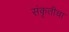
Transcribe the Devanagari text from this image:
संकृतीचा